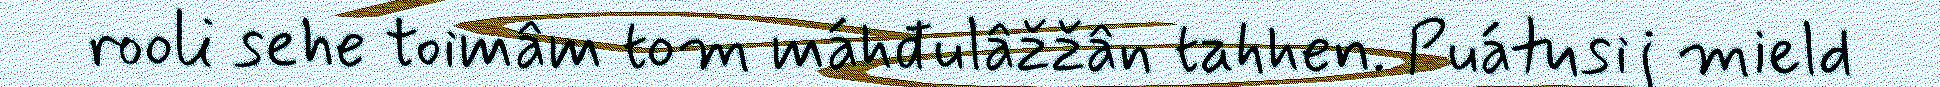
rooli sehe toimâm tom máhđulâžžân tahhen. Puátusij mield